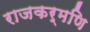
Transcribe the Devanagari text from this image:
राजकर्मणि